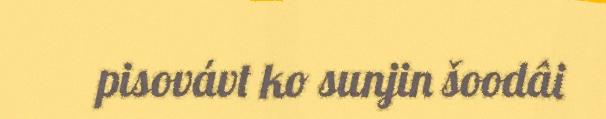
pisovávt ko sunjin šoodâi